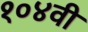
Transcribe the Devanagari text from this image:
१०४वी